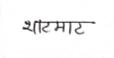
मजकूर: भाटमाट